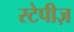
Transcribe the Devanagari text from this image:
स्टेपीज़